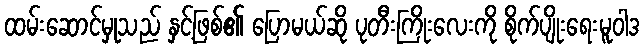
ထမ်းဆောင်မှုသည် နှင့်ဖြစ်၏ ပြောမယ်ဆို ပုတီးကြိုးလေးကို စိုက်ပျိုးရေးမူဝါဒ